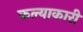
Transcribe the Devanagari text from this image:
कल्याकारी